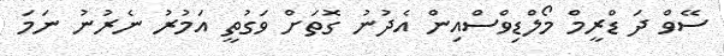
ސޭވް ދަ ޑްރީމް މޯލްޑިވްސްއިން އެދުނު ގޮތަށް ވަގުތީ އަމުރު ނެރުނު ނަމަ